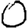
Digit: 0